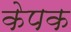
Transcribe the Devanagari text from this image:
केपक